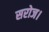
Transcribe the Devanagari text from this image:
सरोज।